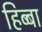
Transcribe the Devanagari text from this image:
हिब्बा